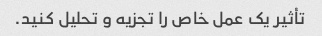
تأثیر یک عمل خاص را تجزیه و تحلیل کنید.